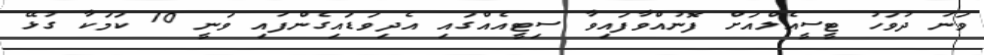
ވަނަ ދުވަހު ޓީސީއެލްއަށް ފޮނުއްވާފައިވާ ސިޓީއެއްގައި އެދިވަޑައިގެންފައި ވަނީ 10 ކަމަކާ ގުޅޭ